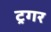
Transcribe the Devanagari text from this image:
ट्रगर